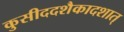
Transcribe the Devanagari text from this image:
कुसीददशैकादशात्